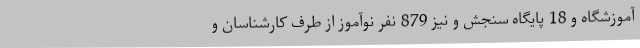
آموزشگاه و 18 پایگاه سنجش و نیز 879 نفر نوآموز از طرف کارشناسان و